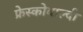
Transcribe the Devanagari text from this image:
फ्रेस्कोवाल्दी